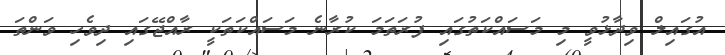
އުގައިލް ވިދާޅުވީ މި މަސައްކަތުގައި ފުރަތަމަ ކުރާނެ މަސައްކަތަކީ ރާއްޖޭގައި ދިވެހި ވަންތަ